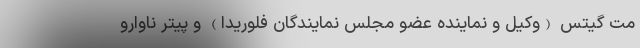
مت گیتس (وکیل و نماینده عضو مجلس نمایندگان فلوریدا) و پیتر ناوارو